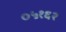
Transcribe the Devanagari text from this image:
०५१६२